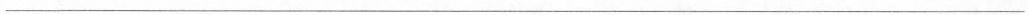
___